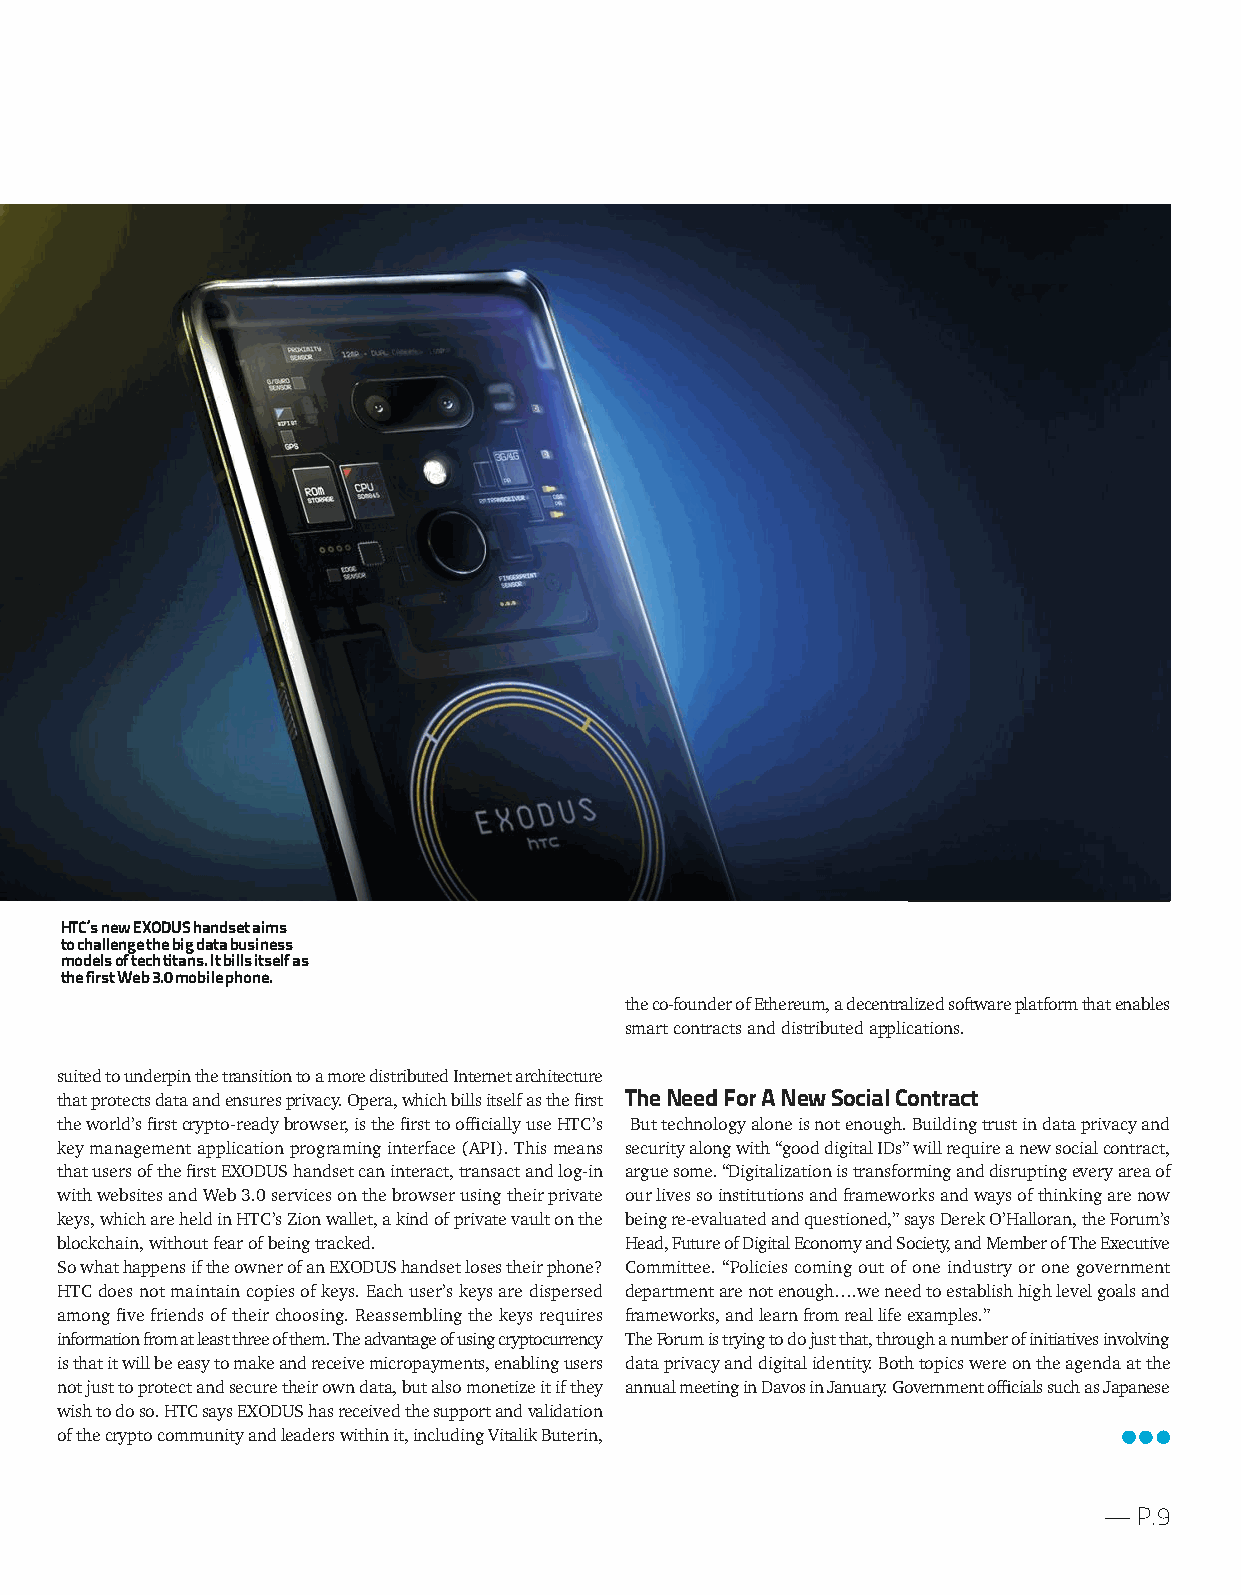
HTC’snewEXODUShandsetaims
 tochallengethebigdatabusiness
 modelsoftechtitans.Itbillsitselfas
 thefirstWeb3.0mobilephone.
 theco-founderofEthereum,adecentralizedsoftwareplatformthatenables
 smartcontractsanddistributedapplications.
 suitedtounderpinthetransitiontoamoredistributedInternetarchitecture
 thatprotectsdataandensuresprivacy.Opera,whichbillsitselfasthefirst TheNeedForANewSocialContract
 theworld’sfirstcrypto-readybrowser,isthefirsttoofficiallyuseHTC’s Buttechnologyaloneisnotenough.Buildingtrustindataprivacyand
 keymanagementapplicationprograminginterface(API).Thismeans securityalongwith“gooddigitalIDs”willrequireanewsocialcontract,
 thatusersofthefirstEXODUShandsetcaninteract,transactandlog-in arguesome.“Digitalizationistransforminganddisruptingeveryareaof
 withwebsitesandWeb3.0servicesonthebrowserusingtheirprivate ourlivessoinstitutionsandframeworksandwaysofthinkingarenow
 keys,whichareheldinHTC’sZionwallet,akindofprivatevaultonthe beingre-evaluatedandquestioned,”saysDerekO’Halloran,theForum’s
 blockchain,withoutfearofbeingtracked. Head,FutureofDigitalEconomyandSociety,andMemberofTheExecutive
 SowhathappensiftheownerofanEXODUShandsetlosestheirphone? Committee. “Policies coming out of one industry or one government
 HTCdoesnotmaintaincopiesofkeys.Eachuser’skeysaredispersed departmentarenotenough….weneedtoestablishhighlevelgoalsand
 amongfivefriendsoftheirchoosing.Reassemblingthekeysrequires frameworks,andlearnfromreallifeexamples.”
 informationfromatleastthreeofthem.Theadvantageofusingcryptocurrency TheForumistryingtodojustthat,throughanumberofinitiativesinvolving
 isthatitwillbeeasytomakeandreceivemicropayments,enablingusers dataprivacyanddigitalidentity.Bothtopicswereontheagendaatthe
 notjusttoprotectandsecuretheirowndata,butalsomonetizeitifthey annualmeetinginDavosinJanuary.GovernmentofficialssuchasJapanese
 wishtodoso.HTCsaysEXODUShasreceivedthesupportandvalidation
 ofthecryptocommunityandleaderswithinit,includingVitalikButerin,
 —P.9